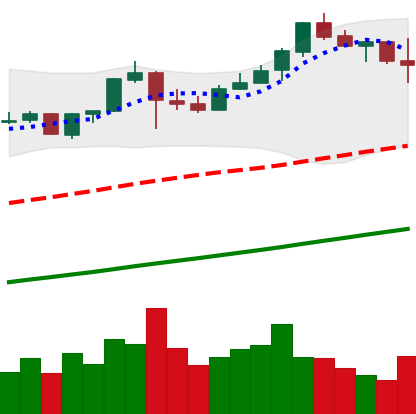
Ticker: BNB-USD
Chart end date: 2019-06-26
Forward return: -7.776%
Label: down_7plus